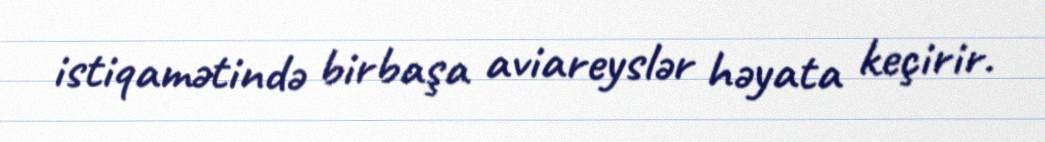
istiqamətində birbaşa aviareyslər həyata keçirir.